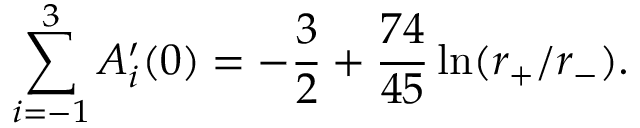
\sum _ { i = - 1 } ^ { 3 } A _ { i } ^ { \prime } ( 0 ) = - { \frac { 3 } { 2 } } + { \frac { 7 4 } { 4 5 } } \ln ( r _ { + } / r _ { - } ) .